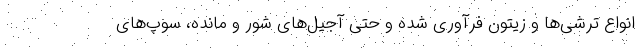
انواع ترشی‌ها و زیتون فرآوری شده و حتی آجیل‌های شور و مانده، سوپ‌های